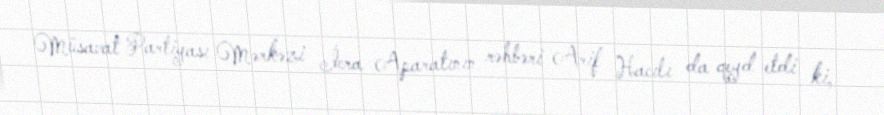
Müsavat Partiyası Mərkəzi İcra Aparatının rəhbəri Arif Hacılı da qeyd etdi ki,